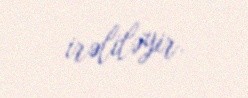
irəliləyir.